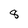
Character: 8